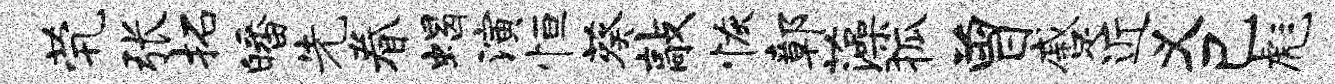
茕张拓皤先眷蝎演恒葵敲恢鄣藻狐曾蹙近义己彪